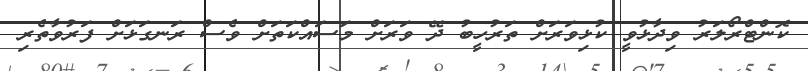
ކޮންޓްރޯލަރު ވިދާޅުވީ ކުޅިވަރަށް ތަރުހީބު ދޭ ވަރަށް މަސައްކަތަށް ވެސް ރަނގަޅަށް ފަރުވާތެރި